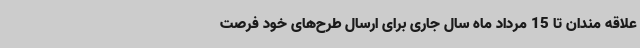
علاقه مندان تا 15 مرداد ماه سال جاری برای ارسال طرح‌های خود فرصت